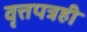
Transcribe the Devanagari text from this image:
वृत्तपत्रही